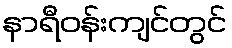
နာရီဝန်းကျင်တွင်